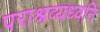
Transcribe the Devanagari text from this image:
पराश्रव्यध्वनि